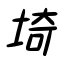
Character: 埼